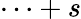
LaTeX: \cdots+s